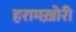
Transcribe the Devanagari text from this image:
हरामख़ोरी